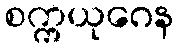
စက္ကယုဂေန